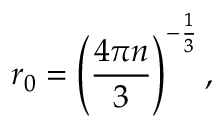
r _ { 0 } = \left( \frac { 4 \pi n } { 3 } \right) ^ { - \frac { 1 } { 3 } } ,